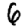
Digit: 6